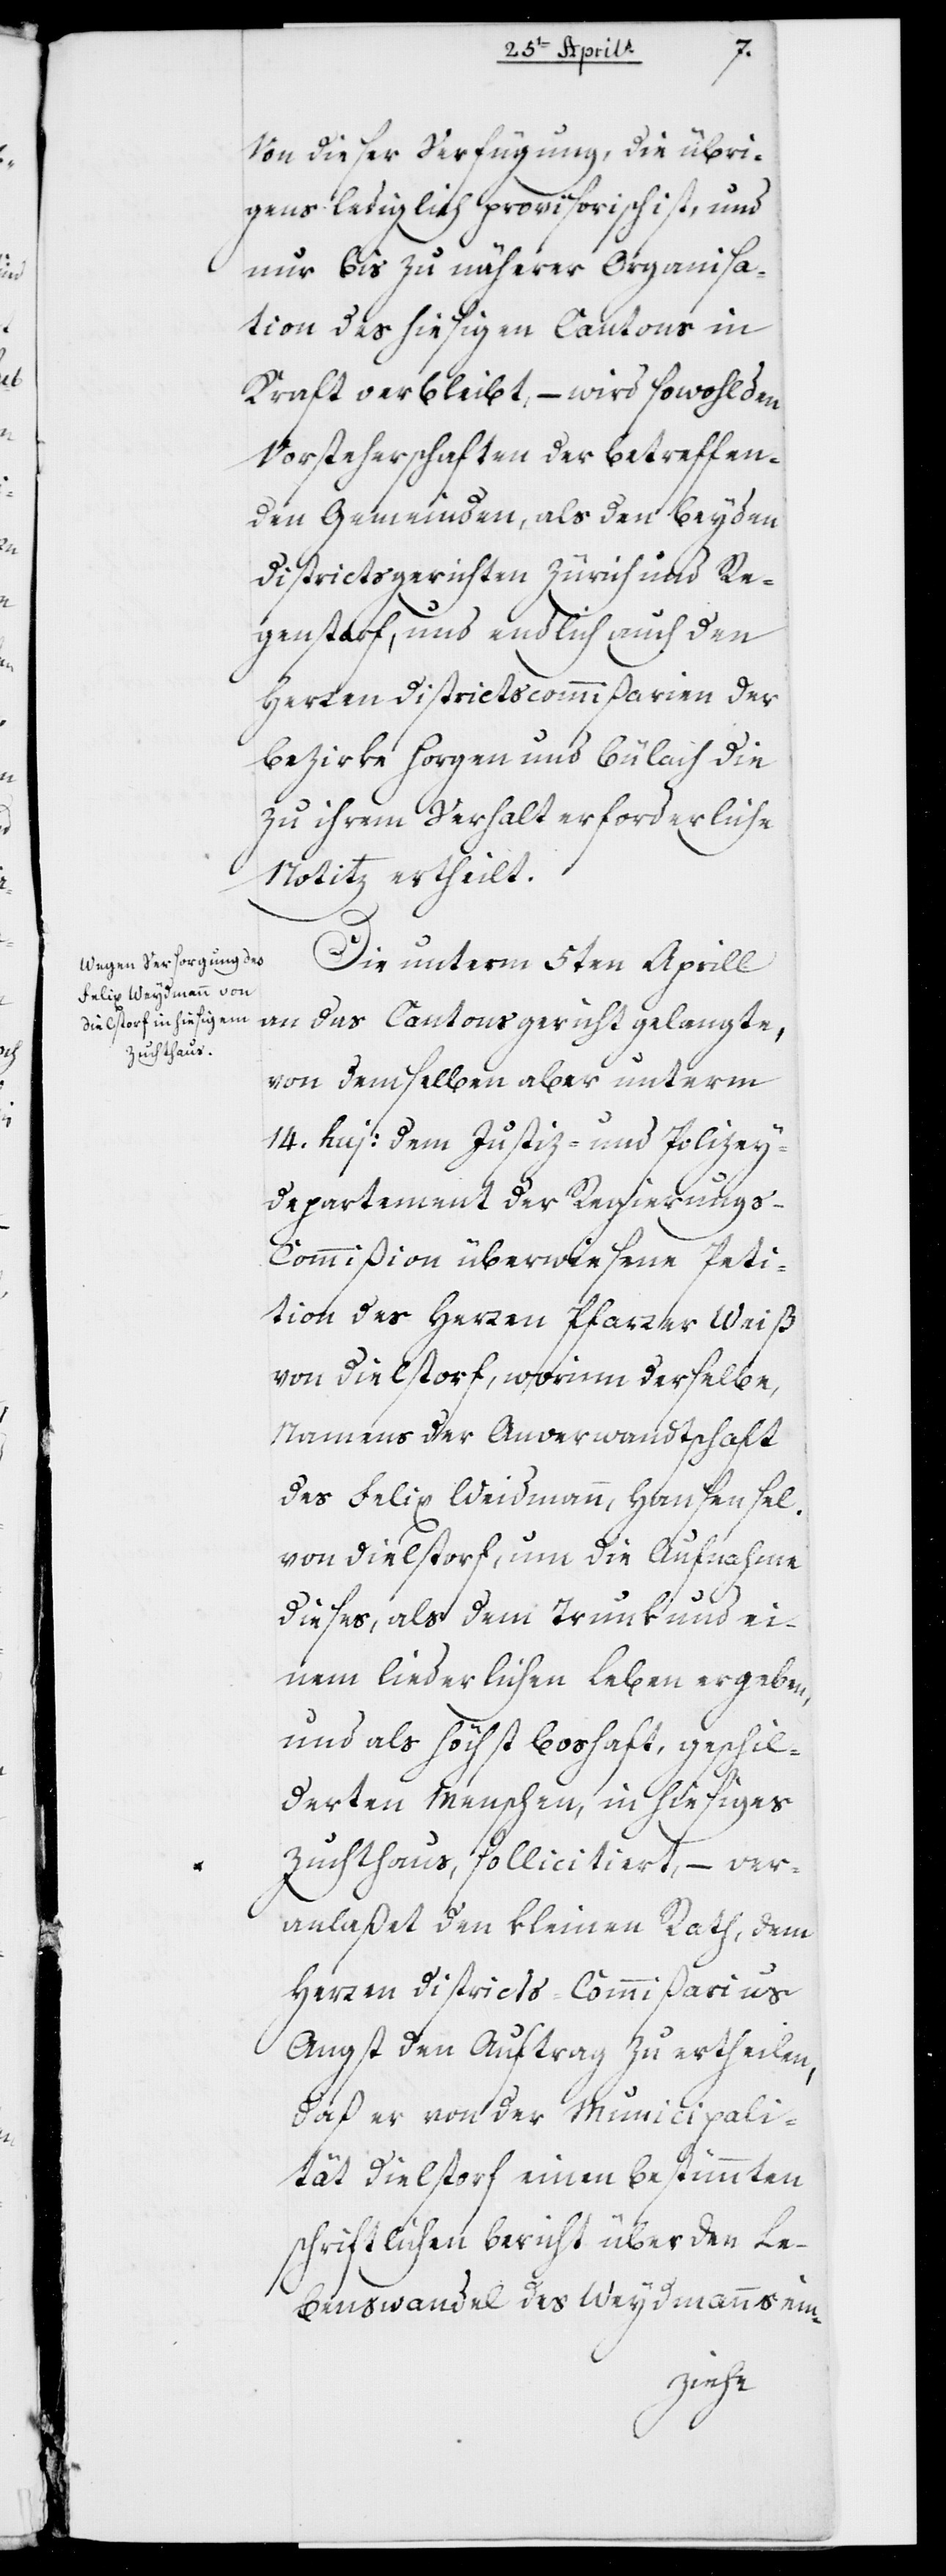
Felix Weidmann

Von dieser Verfügung, die übri¬
gens lediglich provisorisch ist, und
nur bis zu näherer Organisa¬
tion des hiesigen Cantons in
Kraft verbleibt, – wird sowohl den
Vorsteherschaften der betreffen¬
den Gemeinden, als den beyden
Districtsgerichten Zürich und Re¬
genstorf, und endlich auch den
Herren Districtscommißarien der
Bezirke Horgen und Bülach die
zu ihrem Verhalt erforderliche
Notitz ertheilt.
Die unterm 5ten Aprill
an das Cantonsgericht gelangte,
von demselben aber unterm
14. huj: dem Justiz- und Polizey¬
departement der Regierungs-C¬
ommißion überwiesene Peti¬
tion der Herren Pfarrer Weiß
von Dielstorf, worinn derselbe,
Namens der Anverwandtschaft
von Dielstorf, um die Aufnahme
dieses, als dem Trunk und ei¬
nem liederlichen Leben ergebenen,
und als höchst boshaft geschil¬
derten Menschen, in hiesiges
Zuchthaus, sollicitiert, – ver¬
anlaßet den kleinen Rath, dem
Herren Districts-Commißarius
Angst den Auftrag zu ertheilen,
daß er von der Municipali¬
tät Dielstorf einen bestimmten
schriftlichen Bericht über den Le¬
benswandel des Weydmanns ein-
Hansen